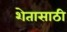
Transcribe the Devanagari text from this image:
शेतासाठी